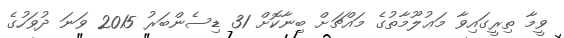
ވީމާ ތިރީގައިވާ މަޢުލޫމާތުގެ މައްޗަށް ބިނާކޮށް 31 ޑިސެންބަރު 2015 ވަނަ ދުވަހުގެ